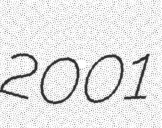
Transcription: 2001